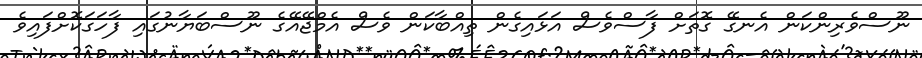
ނޫސްވެރިންކަން އެނގޭ ގޮތަށް ފާސްވެސް އަޅައިގެން ތިއްބާކަން ވެސް އެމްޖޭއޭގެ ނޫސްބަޔާނުގައި ފާހަގަކޮށްފައިވެ